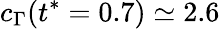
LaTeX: c_{\Gamma}(t^{*}=0.7)\simeq 2.6